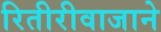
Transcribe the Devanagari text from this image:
रितीरीवाजाने